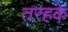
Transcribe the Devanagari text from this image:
तरहके